Vaccination in Bombay 1924-1928 - 1924-1928
Year: 1924
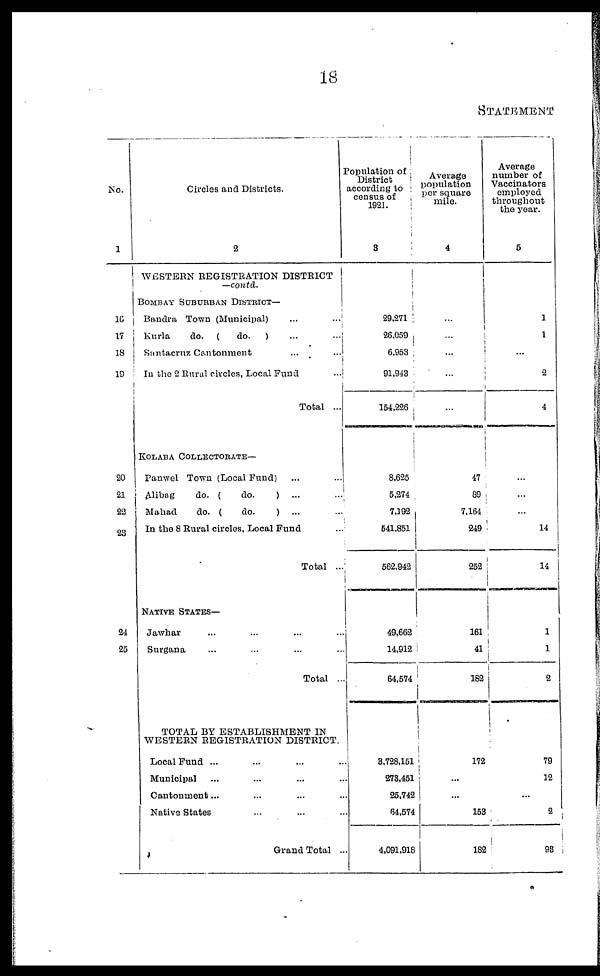
18
STATEMENT
No.
1
16
17
18
19
20
21
22
23
24
25
Circles and Districts.
2
WESTERN REGISTRATION DISTRICT
—contd.
BOMBAY SUBURBAN DISTRICT—
Bandra Town (Municipal)
...
...
Kurla
do. (
do.
) ... ...
Santacruz Cantonment ... ...
In the 2 Rural circles, Local Fund ...
Total ...
KOLABA COLLECTORATE—
Panwel Town (Local Fund) ... ...
Alibag
do. (
do.
) ... ...
Mahad
do. (
do.
) ... ...
In the 8 Rural circles, Local Fund ...
Total ...
NATIVE STATES—
Jawhar ... ... ... ...
Surgana ... ... ... ...
Total ...
TOTAL BY ESTABLISHMENT IN
WESTERN REGISTRATION DISTRICT.
Local Fund ... ... ... ...
Municipal ... ... ... ...
Cantonment... ... ... ...
Native States ... ... ... ...
Grand Total ...
Population of
District
according to
census of
1921.
3
29,271
26,059
6,953
91,943
154,226
8,625
5,274
7,192
541,851
562,942
49,662
14,912
64,574
3,728,151
273,451
25,742
64,574
4,091,918
Average
population
per square
mile.
4
...
...
...
...
...
47
69
7,164
249
252
161
41
182
172
...
...
153
182
Average
number of
Vaccinators
employed
throughout
the year.
5
1
1
...
2
4
...
...
...
14
14
1
1
2
79
12
...
2
93